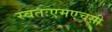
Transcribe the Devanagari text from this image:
स्वतःएमएचसी